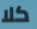
كلا